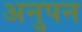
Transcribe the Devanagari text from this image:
अनुपन